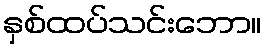
နှစ်ထပ်သင်းဘော။